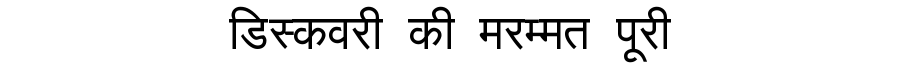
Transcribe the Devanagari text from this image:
डिस्कवरी की मरम्मत पूरी